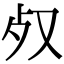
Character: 𣦼